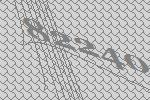
82240